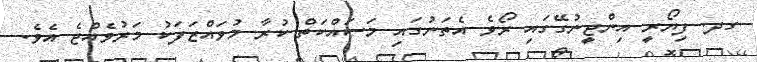
ގދ. ފިޔޯރީ އިންޖީނުގޭގައި ރޯވެ އެތަނުގައި މަސައްކަތް ކުރާ މުވައްޒަފަކު މަރުވެއްޖެ އެވެ.